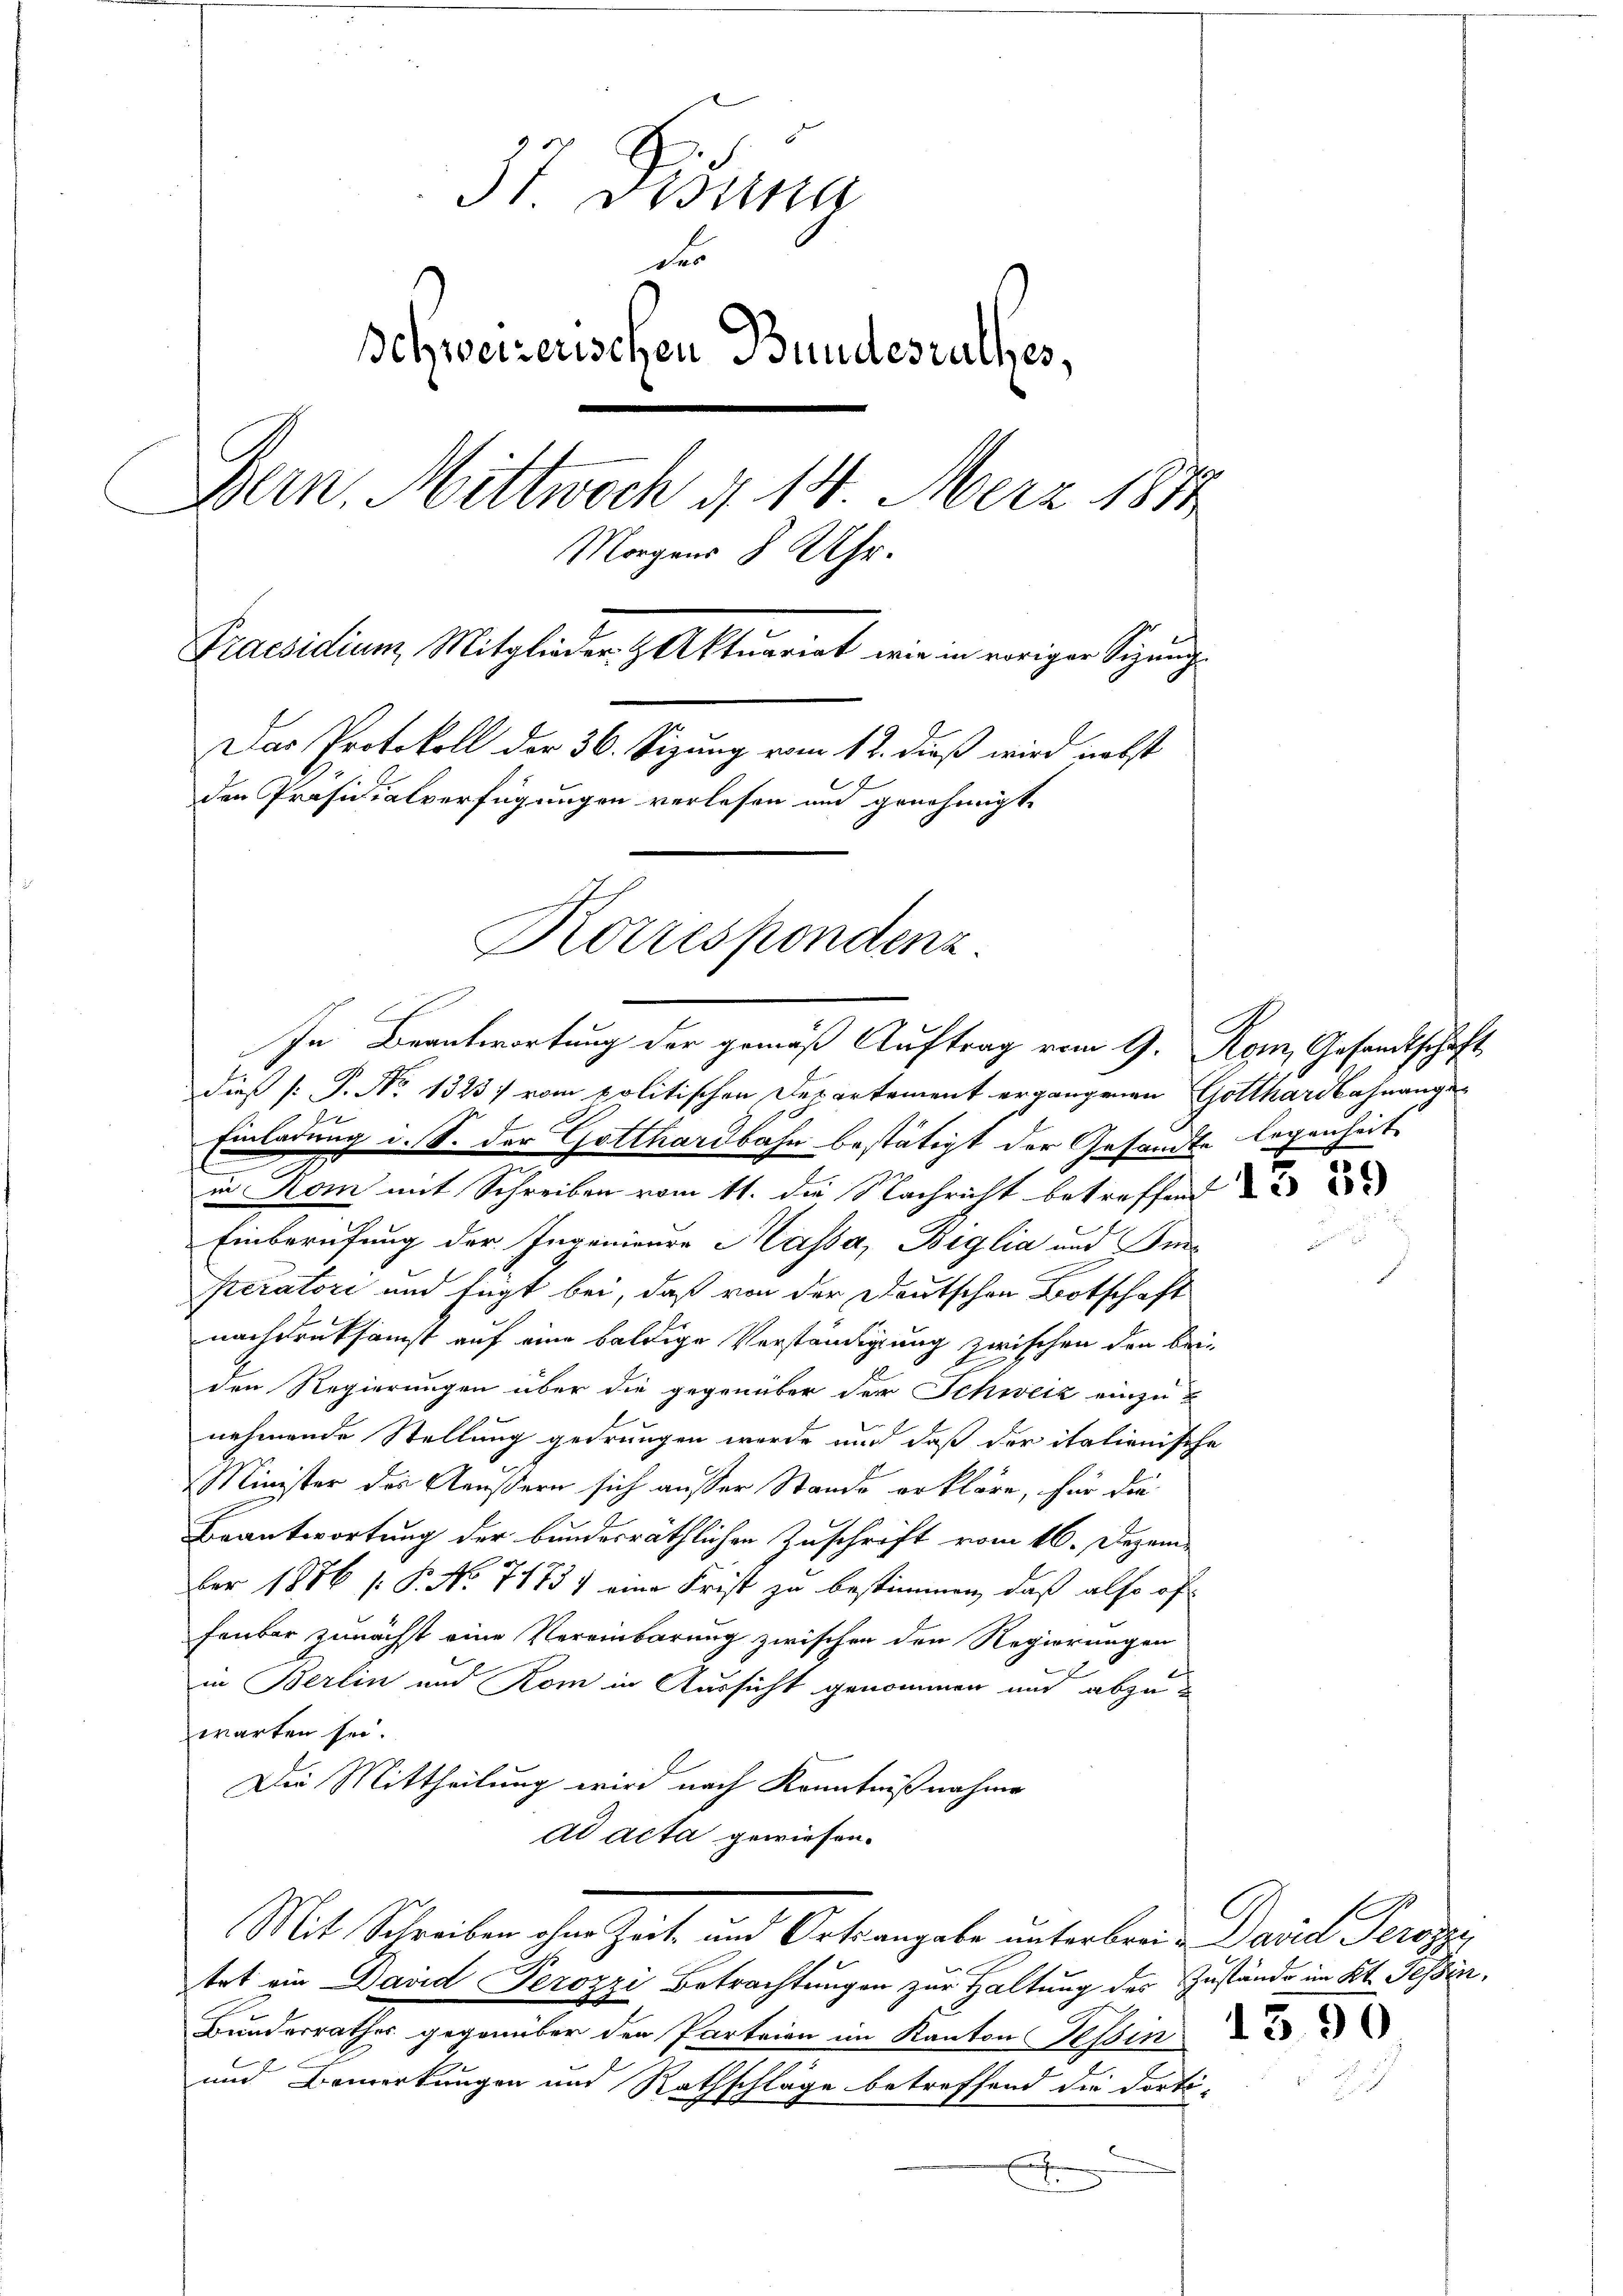
37. Disina
des
Schweizerischen Bundesrathes,
Bern, Mittwoch d. 14. Merz 1874.
Morgens 8 Uhr.
Praesidium Mitglieder. Aktuariat wie in voriger Sigunge
Das Protokoll der 36. Sizung vom 12. dieß wird nebst
den Präsidialverfügungen verlesen und genehmigt.
Korrespondenz

In Beantwortung der gemäß Auftrag vom 9. Rom, Gesandtschaft

dieß P. No 1323) vom politischen Departement ergangenen Gotthardbahnange
h
Einladung i. S. der Gotthardbahn bestätigt der Gesandte legenheit
.
in Kom mit Schreiben vom 11. die Nachricht betreffend
Einberufung der Ingenieure Massa, Biglia und Sen¬
Peratori und fügt bei, daß von der Deutschen Botschaft
nachdruksamst auf eine baldige Verständigung zwischen den bei-
den Regierungen über die gegenüber der Schweiz einzunehmende Stellung gedrungen wurde und daß der italionische
Minister der Aeußern sich ausser Stande erkläre, für die
Beantwortung der bundesräthlichen Zuschrift vom 16. Dezem-
ber 1886 s: P. No. 7175) eine Frist zu bestimmen, daß also of
fenbar zunächst eine Vereinbarung zwischen den Regierungen
in Berlin und Rom in Aussicht genommen und abzu
warten sei.
Die Mittheilung wird nach Kenntnißnahme
ad acta gewiesen.
Mit Schreiben ohne Zeit- und Ortsangabe unterbrei David Perozzi,
trt ein David Perozzi Betrachtungen zur Haltung des Zustände im Kt. Tessin,
Bundesrathes gegenüber den Parteien im Kanton Tessin
und Bemerkungen und Rathschläge betreffend die dortix